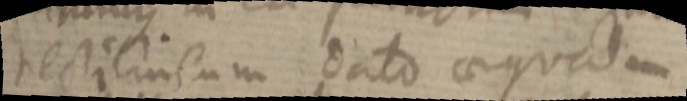
recti lineum dato aequalem